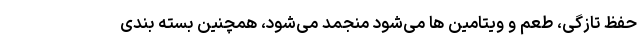
حفظ تازگی، طعم و ویتامین ها می‌شود منجمد می‌شود، همچنین بسته بندی